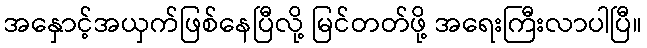
အနှောင့်အယှက်ဖြစ်နေပြီလို့ မြင်တတ်ဖို့ အရေးကြီးလာပါပြီ။